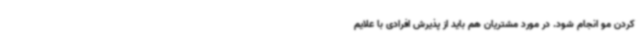
کردن مو انجام شود. در مورد مشتریان هم باید از پذیرش افرادی با علایم